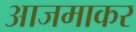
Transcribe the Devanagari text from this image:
आजमाकर